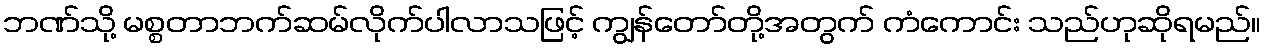
ဘဏ်သို့ မစ္စတာဘက်ဆမ်လိုက်ပါလာသဖြင့် ကျွန်တော်တို့အတွက် ကံကောင်း သည်ဟုဆိုရမည်။